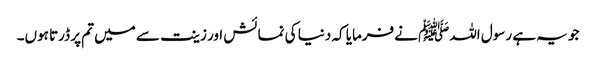
جو یہ ہے رسول اللہﷺ نےفرمایا کہ دنیا کی نمائش اور زینت سے میں تم پر ڈرتا ہوں۔